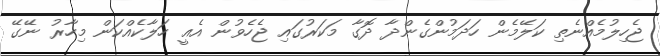
ޖެހިލުމެއްނެތި ކަލޭމެން ހަދަމުންގެންދާ ދޮގާ މަކަރުގައި ޖެހެވުން އެއީ ހަލާކެއްކަން މިހާރު ނޭގޭ